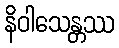
နိဝါသေန္တဿ